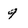
Character: 9